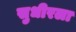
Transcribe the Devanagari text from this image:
सुधीरला